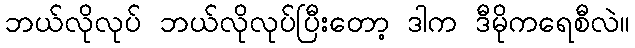
ဘယ်လိုလုပ် ဘယ်လိုလုပ်ပြီးတော့ ဒါက ဒီမိုကရေစီလဲ။